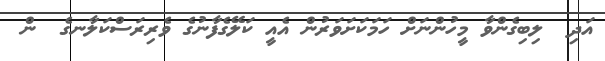
އަދި  ލިބިގެންވާ މީހުންނަށް ހަމަކަށަވަރުން އެއީ ކަލޭގެފާނުގެ ވެރިރަސްކަލާނގެ  ން